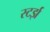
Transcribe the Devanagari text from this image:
स्टर्झ